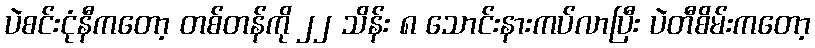
ပဲစင်းငုံနီကတော့ တစ်တန်ကို ၂၂ သိန်း ၈ သောင်းနားကပ်လာပြီး ပဲတီစိမ်းကတော့